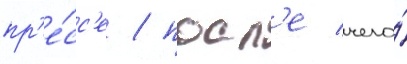
пр'е́сс'е / посл'е чего́